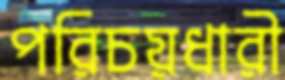
পরিচয়ধারী